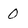
Character: 0